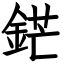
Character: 鋩